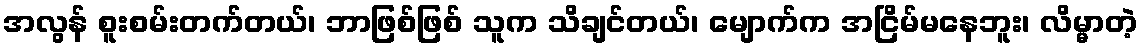
အလွန် စူးစမ်းတက်တယ်၊ ဘာဖြစ်ဖြစ် သူက သိချင်တယ်၊ မျောက်က အငြိမ်မနေဘူး၊ လိမ္မာတဲ့